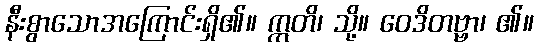
နီးစွာသောအကြောင်းရှိ၏။ ဣတိ၊ သို့။ ဝေဒိတဗ္ဗာ၊ ၏။